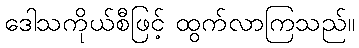
ဒေါသကိုယ်စီဖြင့် ထွက်လာကြသည်။